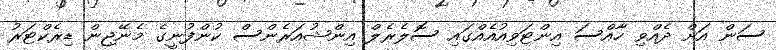
ސަން އަށް ދެއްވި ހާއްސަ އިންޓަވިއުއެއްގައި ސޮލެރެލް އިންޝުއަރެންސް ކުންފުނީގެ މެނޭޖިން ޑިރެކްޓަރު